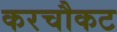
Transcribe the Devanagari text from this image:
करचौकट